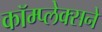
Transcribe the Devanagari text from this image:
कॉम्प्लेक्सने